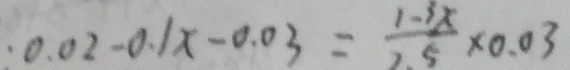
0 . 0 2 - 0 . 1 x - 0 . 0 3 = \frac { 1 - 3 X } { 2 . 5 } \times 0 . 0 3